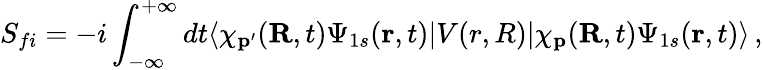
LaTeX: S_{fi}=-i\int_{-\infty}^{+\infty}dt\langle\chi_{\mathbf{p^{\prime}}}(\mathbf{R},t)\Psi_{1s}(\mathbf{r},t)|V(r,R)|{\chi}_{\mathbf{p}}(\mathbf{R},t)\Psi_{1s}(\mathbf{r},t)\rangle\, ,